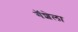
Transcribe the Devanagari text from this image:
गॅशेला